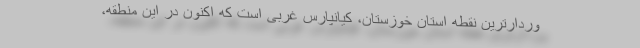
وردارترین نقطه استان خوزستان، کیانپارس غربی است که اکنون در این منطقه،